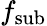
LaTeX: f_{\mathrm{sub}}